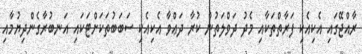
ރާއްޖޭގައި އެކިއެކި ފަރާތްތަކާއި މެދު ދަވްލަތުން ކުރާ ދަޢްވާ އެކިއެކި ސަބަބުތަކަށްޓަކައި އަނބުރާގެންދިޔުމާއި